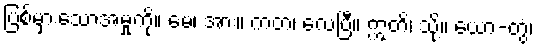
ပြစ်မှားသောအမှုကို။ မေ၊ အား။ ကတံ၊ လေပြီ။ ဣတိ၊ သို့။ ယော-တွံ၊